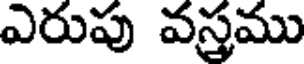
ఎరుపు వస్త్రము